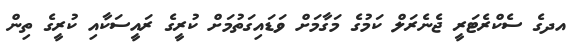
އދގެ ސެކްރެޓަރީ ޖެނެރަލް ކަމުގެ މަގާމަށް ވަޑައިގަތުމަށް ކުރީގެ ރައީސަކާއި ކުރީގެ ތިން